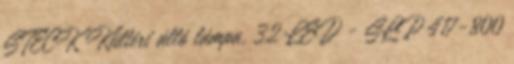
STECK Kültéri álló lámpa, 32 LED - SLP 417-800